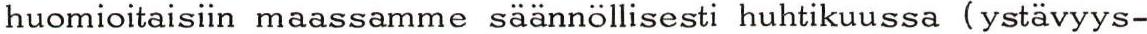
huomioitaisiin maassamme säännöllisesti huhtikuussa (ystävyys-